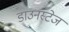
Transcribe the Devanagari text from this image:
डाउनस्टेज